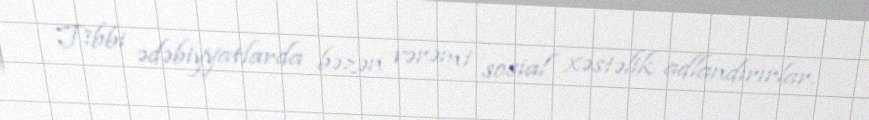
Tibbi ədəbiyyatlarda bəzən vərəmi sosial xəstəlik adlandırırlar.